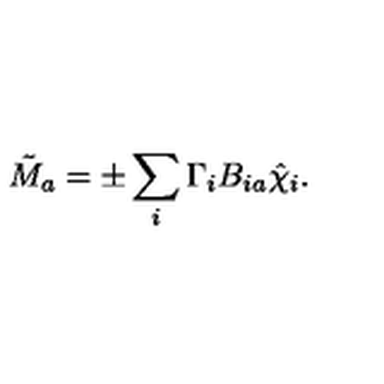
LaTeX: \tilde { M } _ { a } = \pm \sum _ { i } \Gamma _ { i } B _ { i a } \hat { \chi } _ { i } .